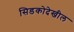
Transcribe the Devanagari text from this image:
सिडकोदेखील